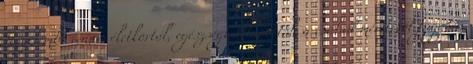
figyelembe venni: életkortól, egészségi állapottól, a család méretétől függően